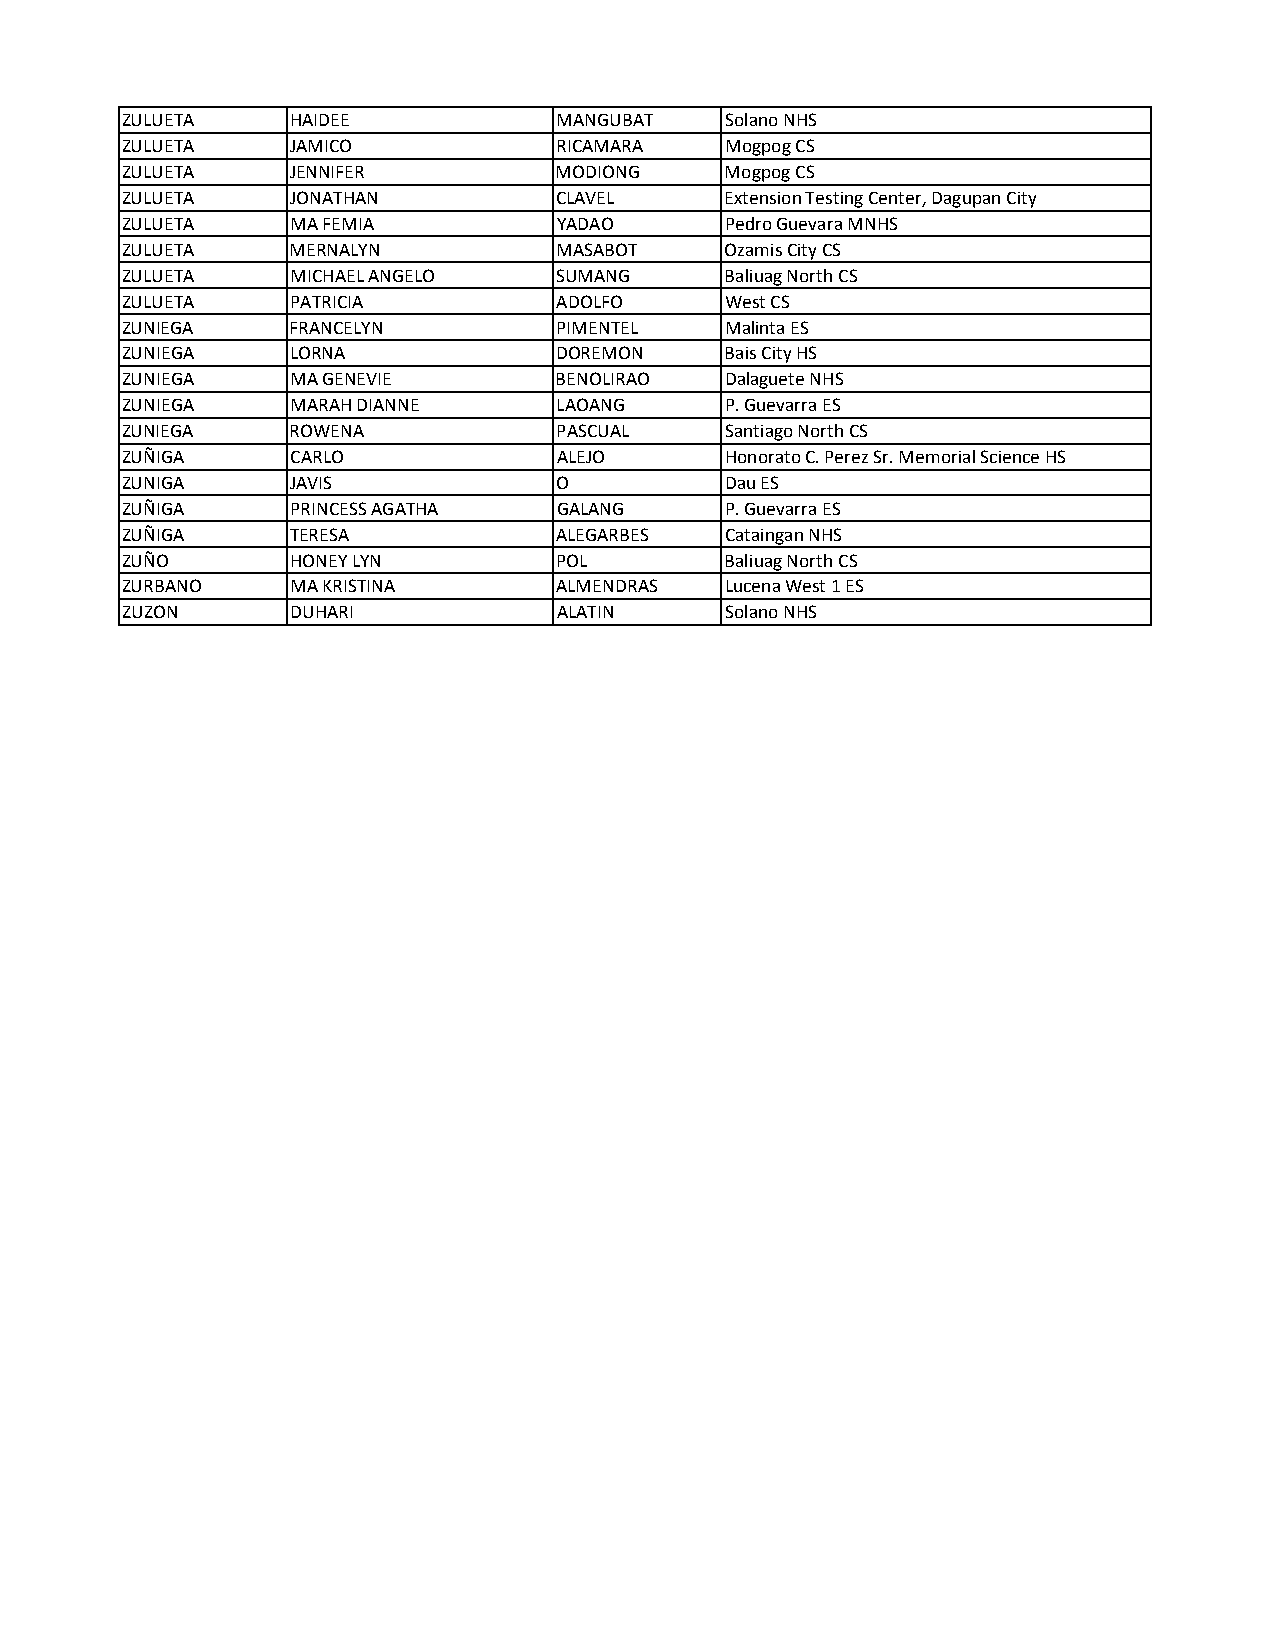
ZULUETA    HAIDEE            MANGUBAT   Solano NHS
 ZULUETA    JAMICO            RICAMARA   Mogpog CS
 ZULUETA    JENNIFER          MODIONG    Mogpog CS
 ZULUETA    JONATHAN          CLAVEL     Extension Testing Center, Dagupan City
 ZULUETA    MA FEMIA          YADAO      Pedro Guevara MNHS
 ZULUETA    MERNALYN          MASABOT    Ozamis City CS
 ZULUETA    MICHAEL ANGELO    SUMANG     Baliuag North CS
 ZULUETA    PATRICIA          ADOLFO     West CS
 ZUNIEGA    FRANCELYN         PIMENTEL   Malinta ES
 ZUNIEGA    LORNA             DOREMON    Bais City HS
 ZUNIEGA    MA GENEVIE        BENOLIRAO  Dalaguete NHS
 ZUNIEGA    MARAH DIANNE      LAOANG     P. Guevarra ES
 ZUNIEGA    ROWENA            PASCUAL    Santiago North CS
 ZUÑIGA     CARLO             ALEJO      Honorato C. Perez Sr. Memorial Science HS
 ZUNIGA     JAVIS             O          Dau ES
 ZUÑIGA     PRINCESS AGATHA   GALANG     P. Guevarra ES
 ZUÑIGA     TERESA            ALEGARBES  Cataingan NHS
 ZUÑO       HONEY LYN         POL        Baliuag North CS
 ZURBANO    MA KRISTINA       ALMENDRAS  Lucena West 1 ES
 ZUZON      DUHARI            ALATIN     Solano NHS